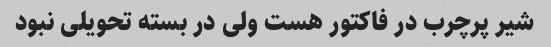
شیر پرچرب در فاکتور هست ولی در بسته تحویلی نبود